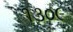
૧૩૦૯